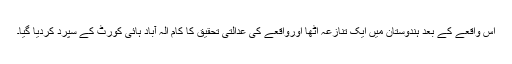
اس واقعے کے بعد ہندوستان میں ایک تنازعہ اٹھا اورواقعے کی عدالتی تحقیق کا کام الٰہ آباد ہائی کورٹ کے سپرد کردیا گیا۔